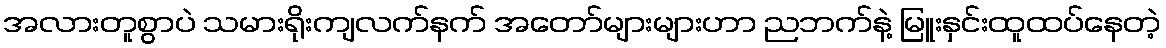
အလားတူစွာပဲ သမားရိုးကျလက်နက် အတော်များများဟာ ညဘက်နဲ့ မြူးနှင်းထူထပ်နေတဲ့